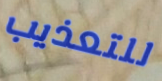
للتعذيب